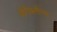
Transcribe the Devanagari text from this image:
बोरीवलीच्या